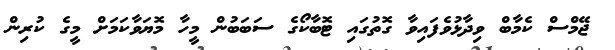
ޖޭމްސް ކެމާބް ވިދާޅުވެފައިވާ ގޮތުގައި ޓޮބާކޯގެ ސަބަބުން މީހާ މޮޔަވާކަމަށް މީގެ ކުރިން